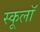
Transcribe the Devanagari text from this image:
स्कूलॉ